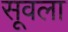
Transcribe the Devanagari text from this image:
सूवला